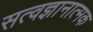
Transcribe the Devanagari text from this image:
सत्वज्ञानात्मक